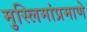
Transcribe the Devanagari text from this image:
मुस्लिमांप्रमाणे